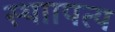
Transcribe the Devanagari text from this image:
स्थाापत्य